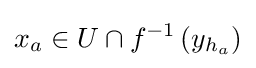
x_{a}\in U\cap f^{-1}\left(y_{h_{a}}\right)